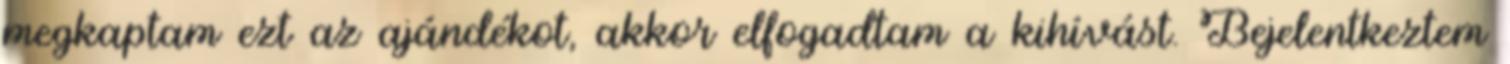
megkaptam ezt az ajándékot, akkor elfogadtam a kihívást. Bejelentkeztem